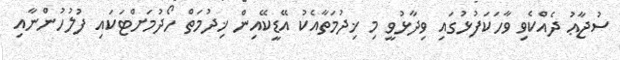
ސުޖާޢު ދެއްކެވި ވާހަކަފުޅުގައި ވިދާޅުވީ މި ޚިދުމަތާއެކު އޭޑީކޭއިން ޚިދުމަތް ހޯދުމަށްޓަކައި ފުލުހުންނާއި